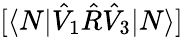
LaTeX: [\langle N|\hat{V}_{1}\hat{R}\hat{V}_{3}|N\rangle]